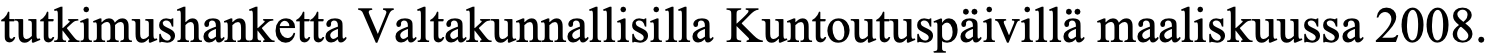
tutkimushanketta Valtakunnallisilla Kuntoutuspäivillä maaliskuussa 2008.